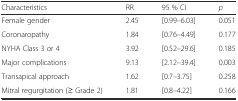
| Characteristics | RR | 95 % CI | p |
 | --- | --- | --- | --- |
 | Female gender | 2.45 | [0.99–6.03] | 0.051 |
 | Coronaropathy | 1.84 | [0.76–4.49] | 0.177 |
 | NYHA Class 3 or 4 | 3.92 | [0.52–29.6] | 0.185 |
 | Major complications | 9.13 | [2.12–39.4] | 0.003 |
 | Transapical approach | 1.62 | [0.7–3.75] | 0.258 |
 | Mitral regurgitation (≥ Grade 2) | 1.81 | [0.8–4.22] | 0.166 |